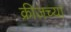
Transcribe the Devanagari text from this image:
क्रीजच्या